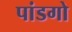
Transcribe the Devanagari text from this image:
पांडगो